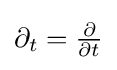
{\textstyle \partial _{t}={\frac {\partial }{\partial t}}}